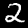
Digit: 2